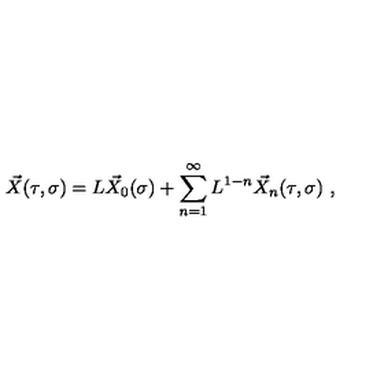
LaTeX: \vec { X } ( \tau , \sigma ) = L \vec { X } _ { 0 } ( \sigma ) + \sum _ { n = 1 } ^ { \infty } L ^ { 1 - n } \vec { X } _ { n } ( \tau , \sigma ) \ ,